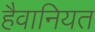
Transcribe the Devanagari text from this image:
हैवानियत